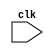
module timing_control (
    input wire clk,
    // Declare input and output ports here
    // Add port declarations for synchronization signals

    // Add signals for error detection and correction
);

// Define timing control and synchronization logic here
// Implement clock signal distribution to all components

endmodule